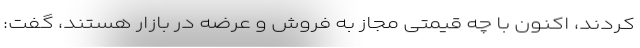
کردند، اکنون با چه قیمتی مجاز به فروش و عرضه در بازار هستند، گفت: